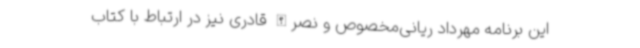
این برنامه مهرداد ریانی‌مخصوص و نصرالله قادری نیز در ارتباط با کتاب